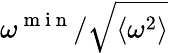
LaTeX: \omega^{\mathrm{~m~i~n~}}/\sqrt{\left\langle\omega^{2}\right\rangle}